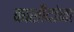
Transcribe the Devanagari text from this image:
काशीदांना